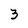
Character: 3